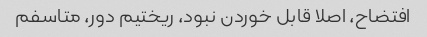
افتضاح، اصلا قابل خوردن نبود، ریختیم دور، متاسفم